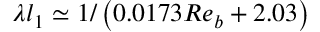
\lambda l _ { 1 } \simeq 1 / \left( 0 . 0 1 7 3 R e _ { b } + 2 . 0 3 \right)